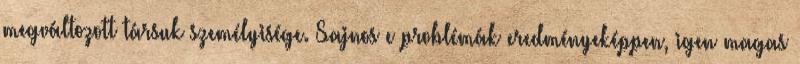
megváltozott társuk személyisége. Sajnos e problémák eredményeképpen, igen magas